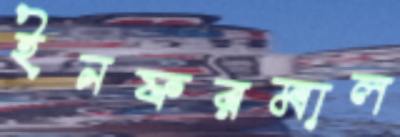
ইনফরমাল